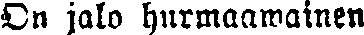
On jalo hurmaawainen